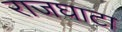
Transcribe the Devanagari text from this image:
राजघाटा